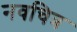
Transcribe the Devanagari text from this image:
नवचित्र